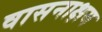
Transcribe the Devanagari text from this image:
वासनाक्षय